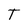
Character: T